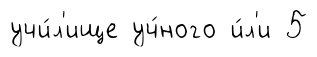
учи́л'ище уч́ного и́л'и 5